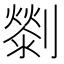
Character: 𠠓